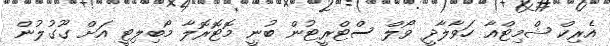
އެރިކް ޝްމިޓްއާ ހަވާލާދީ ވޯލް ސްޓްރީޓުން ބުނީ މޮޓޮރޮލާ މޯބިލިޓީ އަށް ގޫގުލުން